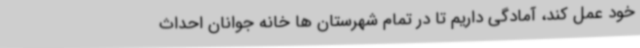
خود عمل کند، آمادگی داریم تا در تمام شهرستان ها خانه جوانان احداث